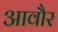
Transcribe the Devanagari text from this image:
आवौर